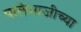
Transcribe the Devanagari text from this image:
पालेभाजीच्या